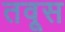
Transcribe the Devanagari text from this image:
तवूस